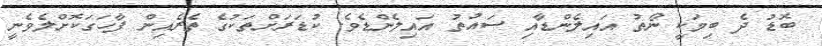
ބޮޑު ދެ ބިމަކީ ނޯތު އައިލެންޑާއި ސައުތު އައިލެންޑެވެ. ކުޑަރަށްތަކުގެ ތެރެއިން ފާހަގަކޮށްލެވެނީ